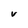
Character: v